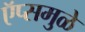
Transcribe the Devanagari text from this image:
ऍप्समुळे